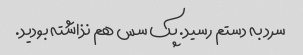
سرد به دستم رسید. پک سس هم نذاشته بودید.